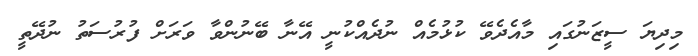
މިދިޔަ ސީޒަނުގައި މާއެދެވޭ ކުޅުމެއް ނުދެއްކުނީ އޭނާ ބޭނުންވާ ވަރަށް ފުރުސަތު ނުދޭތީ